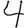
Digit: 4